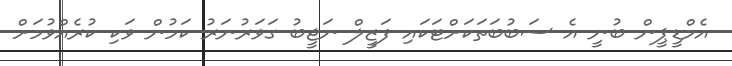
އެމްޑީޕީން ބުނީ އެ ސަބުބަތަކަށްޓަކައި ފަޒީލް ނަޖީބު ގަވަރުނަރު ކަމުން ވަކި ކުރެއްވުމަށް